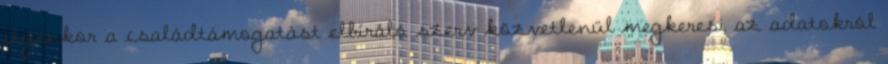
ilyenkor a családtámogatást elbíráló szerv közvetlenül megkeresi az adatokról